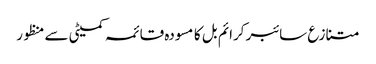
متنازع سائبر کرائم بل کا مسودہ قائمہ کمیٹی سے منظور